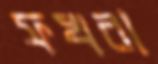
ফখরা